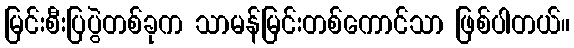
မြင်းစီးပြပွဲတစ်ခုက သာမန်မြင်းတစ်ကောင်သာ ဖြစ်ပါတယ်။